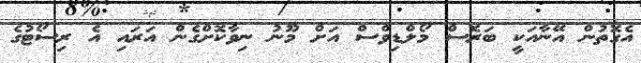
އެގޮތުން އޭނާއަކީ ބަރޮސް މޯލްޑިވްސް އަށް މޫނު ނިވާކޮށްގެން އަރައި އެ ރިސޯޓުގެ